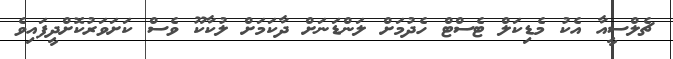
ޗެލްސީއާ އެކު މެޑިކަލް ޓެސްޓް ހެދުމަށް ލަންޑަނަށް ދާކަމަށް ލުކާކޫ ވެސް ކަށަވަރުކޮށްދީފައިވެ